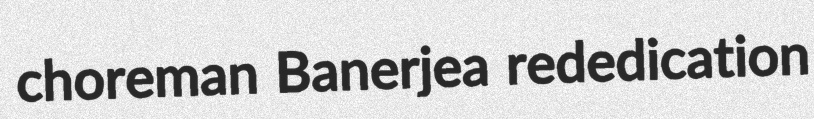
choreman Banerjea rededication